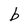
Character: b